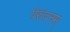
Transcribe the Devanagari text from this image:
पेरुंदनम्